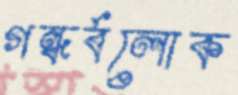
গন্ধর্বলোক